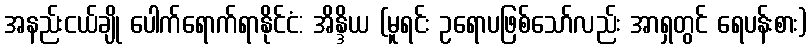
အနည်းငယ်ချို ပေါက်ရောက်ရာနိုင်ငံ: အိန္ဒိယ (မူရင်း ဥရောပဖြစ်သော်လည်း အာရှတွင် ရေပန်းစား)